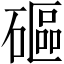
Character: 𥕥